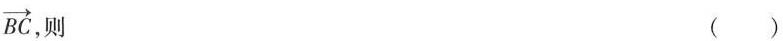
\overrightarrow{BC},则 ()